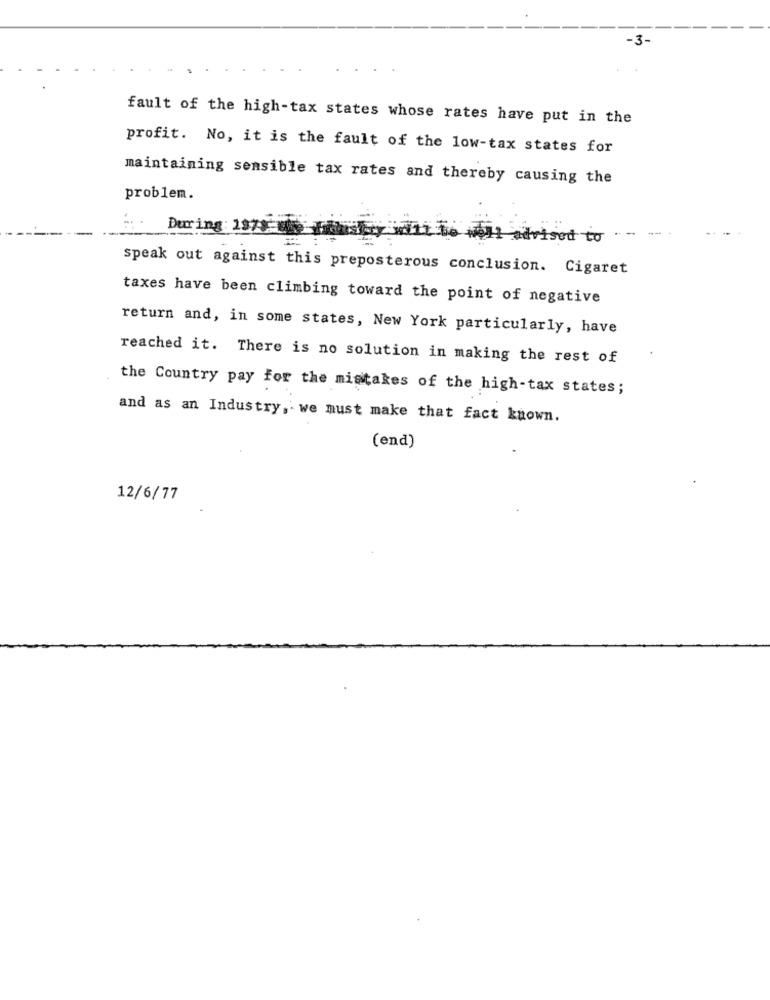
-3-
fault of the high-tax states whose rates have put in the
profit. No, it is the fault of the low-tax states for
maintaining sensible tax rates and thereby causing the
problem.
During : 1978
Irised to
speak out against this preposterous conclusion. Cigaret
taxes have been climbing toward the point of negative
return and, in some states, New York particularly, have
reached it. There is no solution in making the rest of
the Country pay for the mistakes of the high-tax states;
and as an Industry, we must make that fact known.
(end)
12/6/77